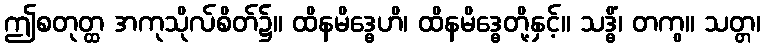
ဤစတုတ္ထ အကုသိုလ်စိတ်၌။ ထိနမိဒ္ဓေဟိ၊ ထိနမိဒ္ဓေတို့နှင့်။ သဒ္ဓိံ၊ တကွ။ သတ္တ၊